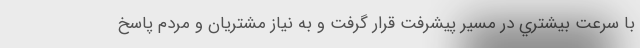
با سرعت بيشتري در مسير پيشرفت قرار گرفت و به نياز مشتريان و مردم پاسخ